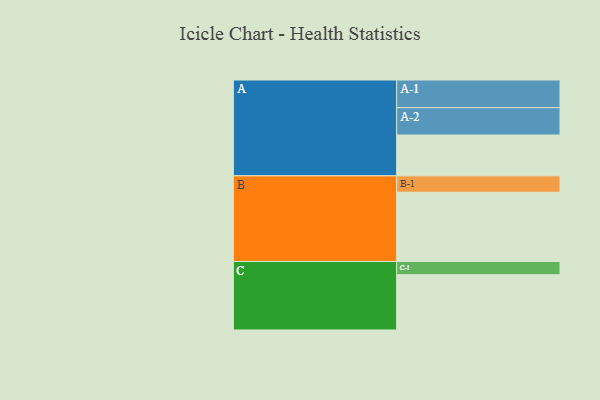
{"axis": {"x": "Segment", "y": "Value"}, "legend": ["", "A", "B", "C"], "data": [{"x": "A", "y": 351, "type": ""}, {"x": "B", "y": 595, "type": ""}, {"x": "C", "y": 475, "type": ""}, {"x": "A-1", "y": 238, "type": "A"}, {"x": "A-2", "y": 235, "type": "A"}, {"x": "B-1", "y": 141, "type": "B"}, {"x": "C-1", "y": 114, "type": "C"}]}